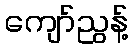
ကျော်ညွန့်